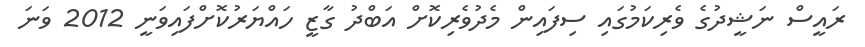
ރައީސް ނަޝީދުގެ ވެރިކަމުގައި ސިފައިން މެދުވެރިކޮށް އަބްދު ގާޒީ ހައްޔަރުކޮށްފައިވަނީ 2012 ވަނަ